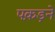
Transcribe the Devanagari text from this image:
पक़ड़ने